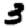
Digit: 3